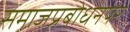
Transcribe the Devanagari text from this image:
समाजप्रबोधनपर